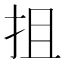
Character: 抯